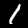
Digit: 1